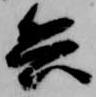
兵